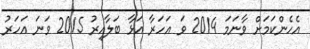
އެހެންކަމަށް ވާނަމަ 2014 ވަަ އަހަރާ އަޅާ ބަލާއިރު 2015 ވަނަ އަހަރު